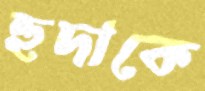
হুদাকে